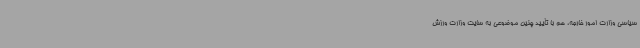
سیاسی وزارت امور خارجه، هم با تأیید چنین موضوعی به سایت وزارت ورزش